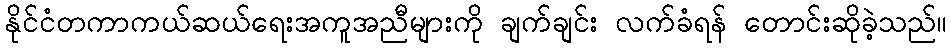
နိုင်ငံတကာကယ်ဆယ်ရေးအကူအညီများကို ချက်ချင်း လက်ခံရန် တောင်းဆိုခဲ့သည်။